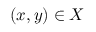
( x , y ) \in X